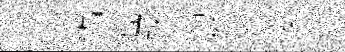
迹錦猛鋏亊材泒変